Indian journal of veterinary science and animal husbandry - Volumes 24-25, 1954-1955
Year: 1954
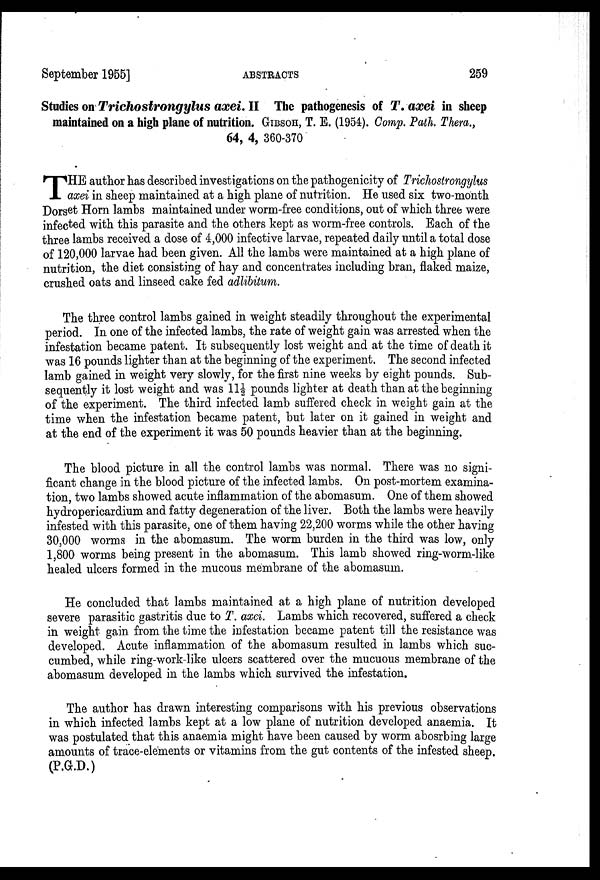
September 1955]
ABSTRACTS
259
Studies on Trichostrongylus
axei. II The pathogenesis of T. axei in sheep
maintained on a high plane of nutrition. GIBSOH, T. E. (1954). Comp. Path. Thera.,
64, 4, 360-370
T HE author has described investigations on the pathogenicity of Trichostrongylus
axei in sheep maintained at a high plane of nutrition. He used six two-month
Dorset Horn lambs maintained under worm-free conditions, out of which three were
infected with this parasite and the others kept as worm-free controls. Each of the
three lambs received a dose of 4,000 infective larvae, repeated daily until a total dose
of 120,000 larvae had been given. All the lambs were maintained at a high plane of
nutrition, the diet consisting of hay and concentrates including bran, flaked maize,
crushed oats and linseed cake fed adlibitum.
The three control lambs gained in weight steadily throughout the experimental
period. In one of the infected lambs, the rate of weight gain was arrested when the
infestation became patent. It subsequently lost weight and at the time of death it
was 16 pounds lighter than at the beginning of the experiment. The second infected
lamb gained in weight very slowly, for the first nine weeks by eight pounds. Sub-
sequently it lost weight and was 11½ pounds lighter at death than at the beginning
of the experiment. The third infected lamb suffered check in weight gain at the
time when the infestation became patent, but later on it gained in weight and
at the end of the experiment it was 50 pounds heavier than at the beginning.
The blood picture in all the control lambs was normal. There was no signi-
ficant change in the blood picture of the infected lambs. On post-mortem examina-
tion, two lambs showed acute inflammation of the abomasum. One of them showed
hydropericardium and fatty degeneration of the liver. Both the lambs were heavily
infested with this parasite, one of them having 22,200 worms while the other having
30,000 worms in the abomasum. The worm burden in the third was low, only
1,800 worms being present in the abomasum. This lamb showed ring-worm-like
healed ulcers formed in the mucous membrane of the abomasum.
He concluded that lambs maintained at a high plane of nutrition developed
severe parasitic gastritis due to T. axei. Lambs which recovered, suffered a check
in weight gain from the time the infestation became patent till the resistance was
developed. Acute inflammation of the abomasum resulted in lambs which suc-
cumbed, while ring-work-like ulcers scattered over the mucuous membrane of the
abomasum developed in the lambs which survived the infestation.
The author has drawn interesting comparisons with his previous observations
in which infected lambs kept at a low plane of nutrition developed anaemia. It
was postulated that this anaemia might have been caused by worm abosrbing large
amounts of trace-elements or vitamins from the gut contents of the infested sheep.
(P.G.D.)